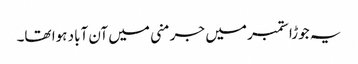
یہ جوڑا ستمبر میں جرمنی میں آن آباد ہوا تھا۔